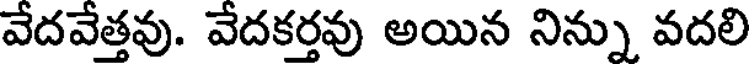
వేదవేత్తవు. వేదకర్తవు అయిన నిన్ను వదలి